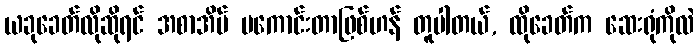
ယခုခေတ်လိုဆိုရင် အစာအိမ် မကောင်းတာဖြစ်ဟန် တူပါတယ်, ထိုခေတ်က ဆေးရုံကိုလဲ